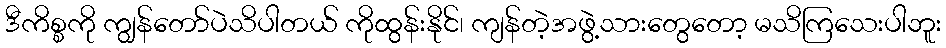
ဒီကိစ္စကို ကျွန်တော်ပဲသိပါတယ် ကိုထွန်းနိုင်၊ ကျန်တဲ့အဖွဲ့သားတွေတော့ မသိကြသေးပါဘူး